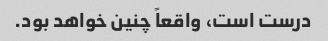
درست است، واقعاً چنین خواهد بود.